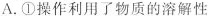
A.①操作利用了物质的溶解性